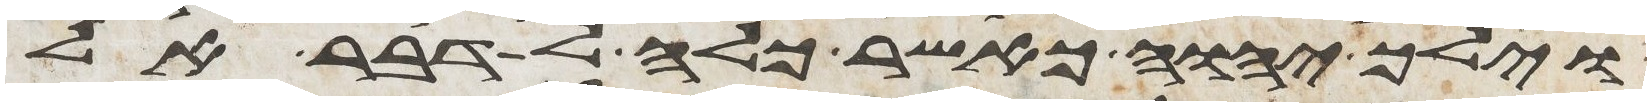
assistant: וילך יהוה כאשר כלה לדבר אל